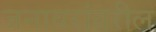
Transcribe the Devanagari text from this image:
जनावरांवरील